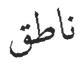
ناطق